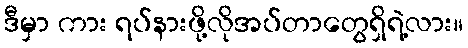
ဒီမှာ ကား ရပ်နားဖို့လိုအပ်တာတွေရှိရဲ့လား။